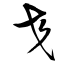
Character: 交